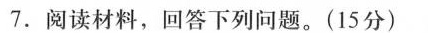
7.阅读材料，回答下列问题。(15分)